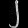
Digit: ၂